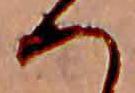
へ